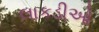
લાકડીઓ